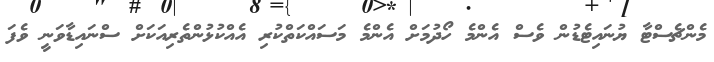
މެންޗެސްޓާ ޔުނައިޓެޑުން ވެސް އެންމެ ހޯދުމަށް އެންމެ މަސައްކަތްކުރި އެއްކުޅުންތެރިއަކަށް ސްނައިޑާވަނީ ވެފަ